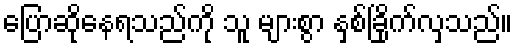
ပြောဆိုနေရသည်ကို သူ များစွာ နှစ်ခြိုက်လှသည်။